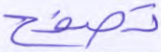
تصفح